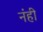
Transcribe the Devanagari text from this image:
नंही